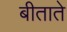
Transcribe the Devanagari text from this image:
बीताते